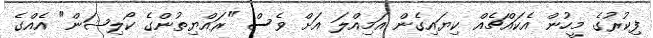
ފިކުރުގެ މީހުން އެކައްޗެއް ކިޔައިގެން އަމިއްލަ އަށް ވެސް "ރައްޔިތުންގެ ކޯލިޝަން" އެއްގެ